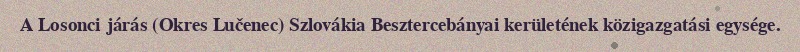
A Losonci járás (Okres Lučenec) Szlovákia Besztercebányai kerületének közigazgatási egysége.